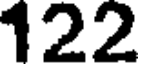
122